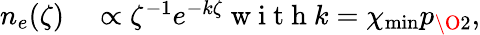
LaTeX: \begin{array}{rl}{n_{e}(\zeta)}&{{}\propto\zeta^{-1}e^{-k\zeta}\mathrm{~w~i~t~h~}k=\chi_{\mathrm{min}}p_{\O{2}{}},}\end{array}